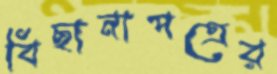
বিছানাপত্রের